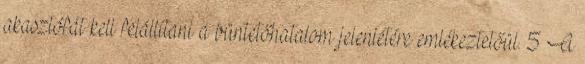
akasztófát kell felállítani a büntetőhatalom jelenlétére emlékeztetőül. 5 A